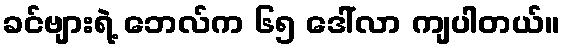
ခင်ဗျားရဲ့ ဘေလ်က ၆၅ ဒေါ်လာ ကျပါတယ်။